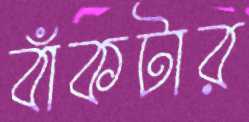
বাঁকটার